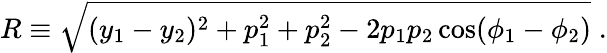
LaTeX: R\equiv\sqrt{(y_{1}-y_{2})^{2}+p_{1}^{2}+p_{2}^{2}-2p_{1}p_{2}\cos(\phi_{1}-\phi_{2})}\; .